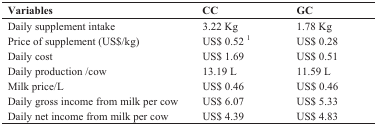
| Variables | CC | GC |
 | --- | --- | --- |
 | Daily supplement intake | 3.22 Kg | 1.78 Kg |
 | Price of supplement (US$/kg) | US$ 0.52 1 | US$ 0.28 |
 | Daily cost | US$ 1.69 | US$ 0.51 |
 | Daily production /cow | 13.19 L | 11.59 L |
 | Milk price/L | US$ 0.46 | US$ 0.46 |
 | Daily gross income from milk per cow | US$ 6.07 | US$ 5.33 |
 | Daily net income from milk per cow | US$ 4.39 | US$ 4.83 |